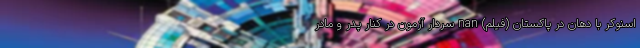
اسنوکر با دهان در پاکستان (فیلم) nan سردار آزمون در کنار پدر و مادر